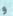
و